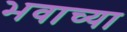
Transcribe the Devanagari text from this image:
भवाच्या